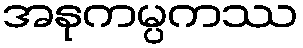
အနုကမ္ပကဿ